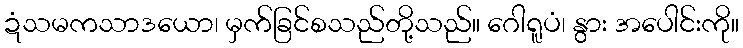
ဍံသမကသာဒယော၊ မှက်ခြင်စသည်တို့သည်။ ဂေါရူပံ၊ နွား အပေါင်းကို။